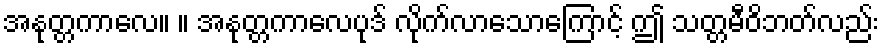
အနုတ္တကာလေ။ ။ အနုတ္တကာလေပုဒ် လိုက်လာသောကြောင့် ဤ သတ္တမီဝိဘတ်လည်း